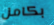
بكامل